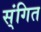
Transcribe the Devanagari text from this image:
स्ंगित